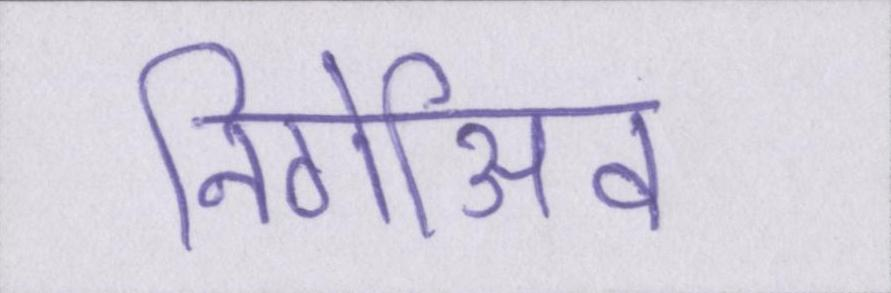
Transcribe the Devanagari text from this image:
निगेअिव